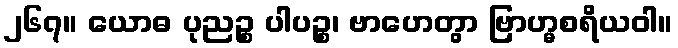
၂၆၇။ ယောဓ ပုညဉ္စ ပါပဉ္စ၊ ဗာဟေတွာ ဗြာဟ္မစရိယဝါ။